Leaving Certificate Examination. English paper, 1924
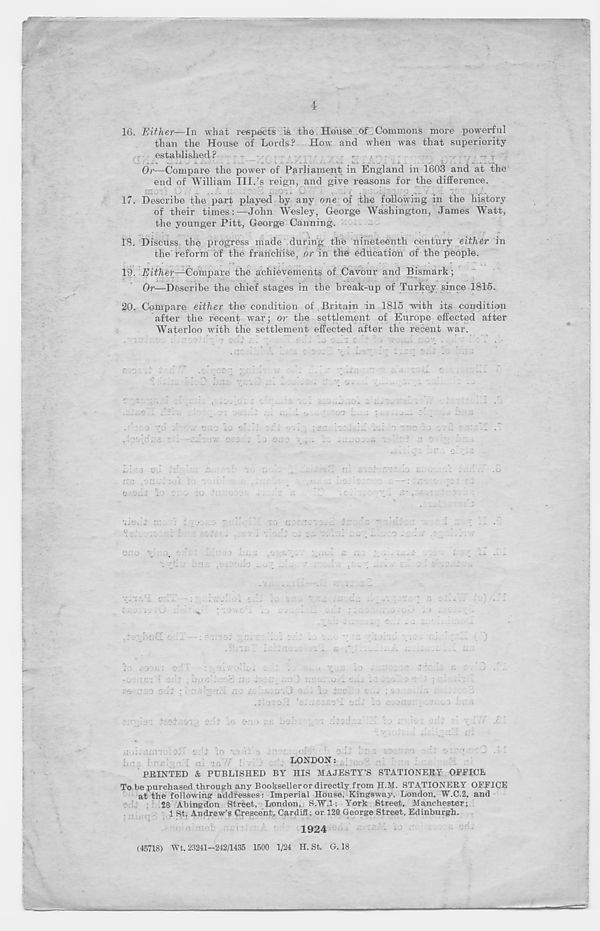
4
16. Either—In what respects is the House of Commons more powerful
than the House of Lords? How and when was that superiority
established ?
Or—Compare the power of Parliament in England in 1603 and at the
end of William III.’s reign, and give reasons for the difference.
..
......
.
17. Describe the part played by any one of the following in the history
of their times:—John Wesley, George Washington, James Watt,
the younger Pitt, George Canning.
IB. Discuss the progress made during the nineteenth century either m
the reform of the franchise, or in the education of the people.
19. Either—Compare the achievements of Cavour and Bismark;
Or—Describe the chief stages in the break-up of Turkey since 1815.
20. Compare either the condition of Britain in 1815 with its condition
after the recent war; or the settlement of Europe effected after
Waterloo with the settlement effected after the recent war.
ri .
? C J
.v. I 0:": .
no J •
...■ ;
... .u.. •.... .
i.'ca siif :
nc £•: . ... la
a c..
)
•-01-: 2'17 10 en .
n-.i-jinTfolaB sift io tadivs
: o
bn@ tMSHta
&tsqnicQ .tl
LONDON:
PRINTED & PUBLISHED BY HIS MAJESTY’S STATIONERY OPPIOE
To be purchased through any Bookseller or directly from H.M. STATIONERY OFFICE
at the following 1 addresses: Imperial House, Kingsway, London, W.C.2, and
28 Abingdon Street, London, S.W.l: York Street, Manchester;
1 St. Andrew’s Crescent, Cardiff; or 120 George Street, Edinburgh.
1924
(45718) Wt. 23241-242/1435 1500 1/24 H. St. G. 18